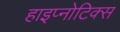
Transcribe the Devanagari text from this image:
हाइप्नोटिक्स